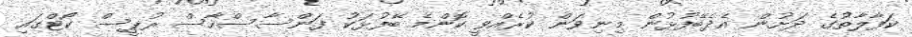
ކަފާލާތުގެ ދަށުން އެދެބޭފުޅުން މިނިވަން ކުރެއްވީ ކޮންމެ ބޭފުޅަކު ފަންސާސްހާސް ރުޕީސް ކޯޓްގައި